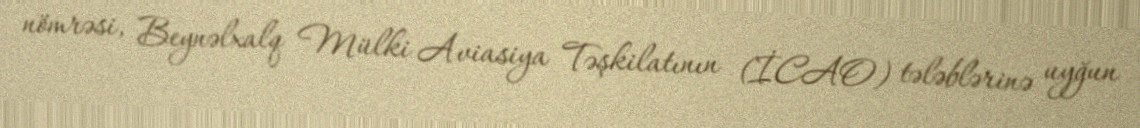
nömrəsi, Beynəlxalq Mülki Aviasiya Təşkilatının (İCAO) tələblərinə uyğun